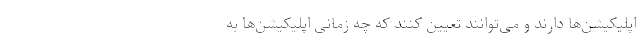
اپلیکیشن‌ها دارند و می‌توانند تعیین کنند که چه زمانی اپلیکیشن‌ها به